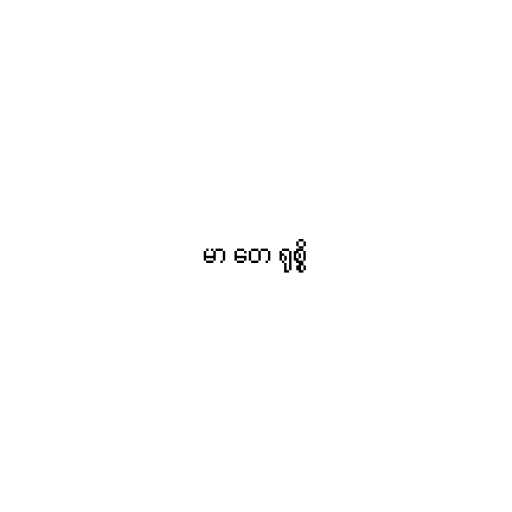
မာ တေ ရုစ္စိ